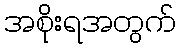
အစိုးရအတွက်